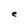
Character: e